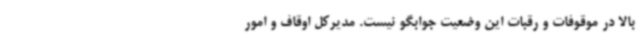
بالا در موقوفات و رقبات این وضعیت جوابگو نیست. مدیرکل اوقاف و امور